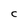
Character: C